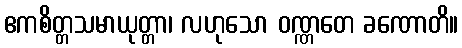
ဧကစိတ္တသမာယုတ္တာ၊ လဟုသော ဝဏ္ဏတေ ခဏောတိ။